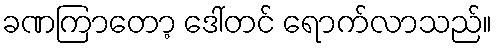
ခဏကြာတော့ ဒေါ်တင် ရောက်လာသည်။